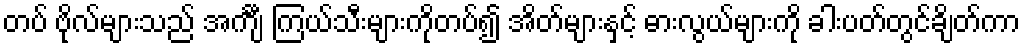
တပ် ဗိုလ်များသည် အင်္ကျီ ကြယ်သီးများကိုတပ်၍ အိတ်များနှင့် ဓားလွယ်များကို ခါးပတ်တွင်ချိတ်ကာ